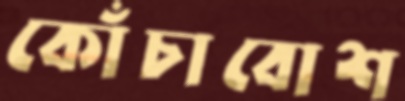
কোঁচাবোশ